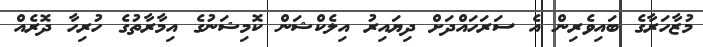
މުޒާހަރާގެ ބައިވެރިން އެ ސަރަހައްދަށް ދިޔައިރު އިލެކްޝަން ކޮމިޝަނުގެ އިމާރާތުގެ ހުރިހާ ދޮރެއް